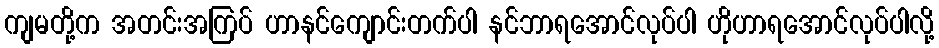
ကျမတို့က အတင်းအကြပ် ဟာနင်ကျောင်းတက်ပါ နင်ဘာရအောင်လုပ်ပါ ဟိုဟာရအောင်လုပ်ပါလို့